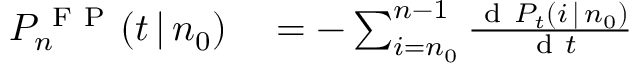
\begin{array} { r l } { P _ { n } ^ { \mathrm { ~ F ~ P ~ } } ( t \, | \, n _ { 0 } ) } & { { } = - \sum _ { i = n _ { 0 } } ^ { n - 1 } \frac { \mathrm { ~ d ~ } P _ { t } ( i \, | \, n _ { 0 } ) } { \mathrm { ~ d ~ } t } } \end{array}